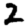
Digit: 2